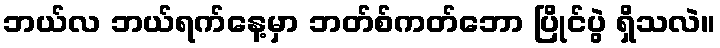
ဘယ်လ ဘယ်ရက်နေ့မှာ ဘတ်စ်ကတ်ဘော ပြိုင်ပွဲ ရှိသလဲ။